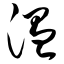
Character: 温